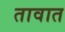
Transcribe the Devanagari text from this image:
तावात